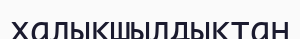
халықшылдықтан